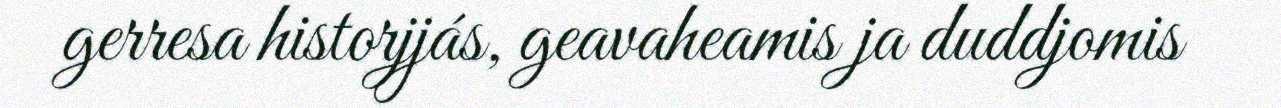
gerresa historjjás, geavaheamis ja duddjomis